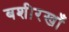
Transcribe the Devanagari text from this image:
बशीरखाँ